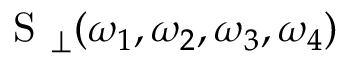
\mathrm { ~ S ~ } _ { \perp } ( \omega _ { 1 } , \omega _ { 2 } , \omega _ { 3 } , \omega _ { 4 } )